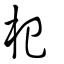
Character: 𣏌